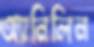
অ্যানিলিন